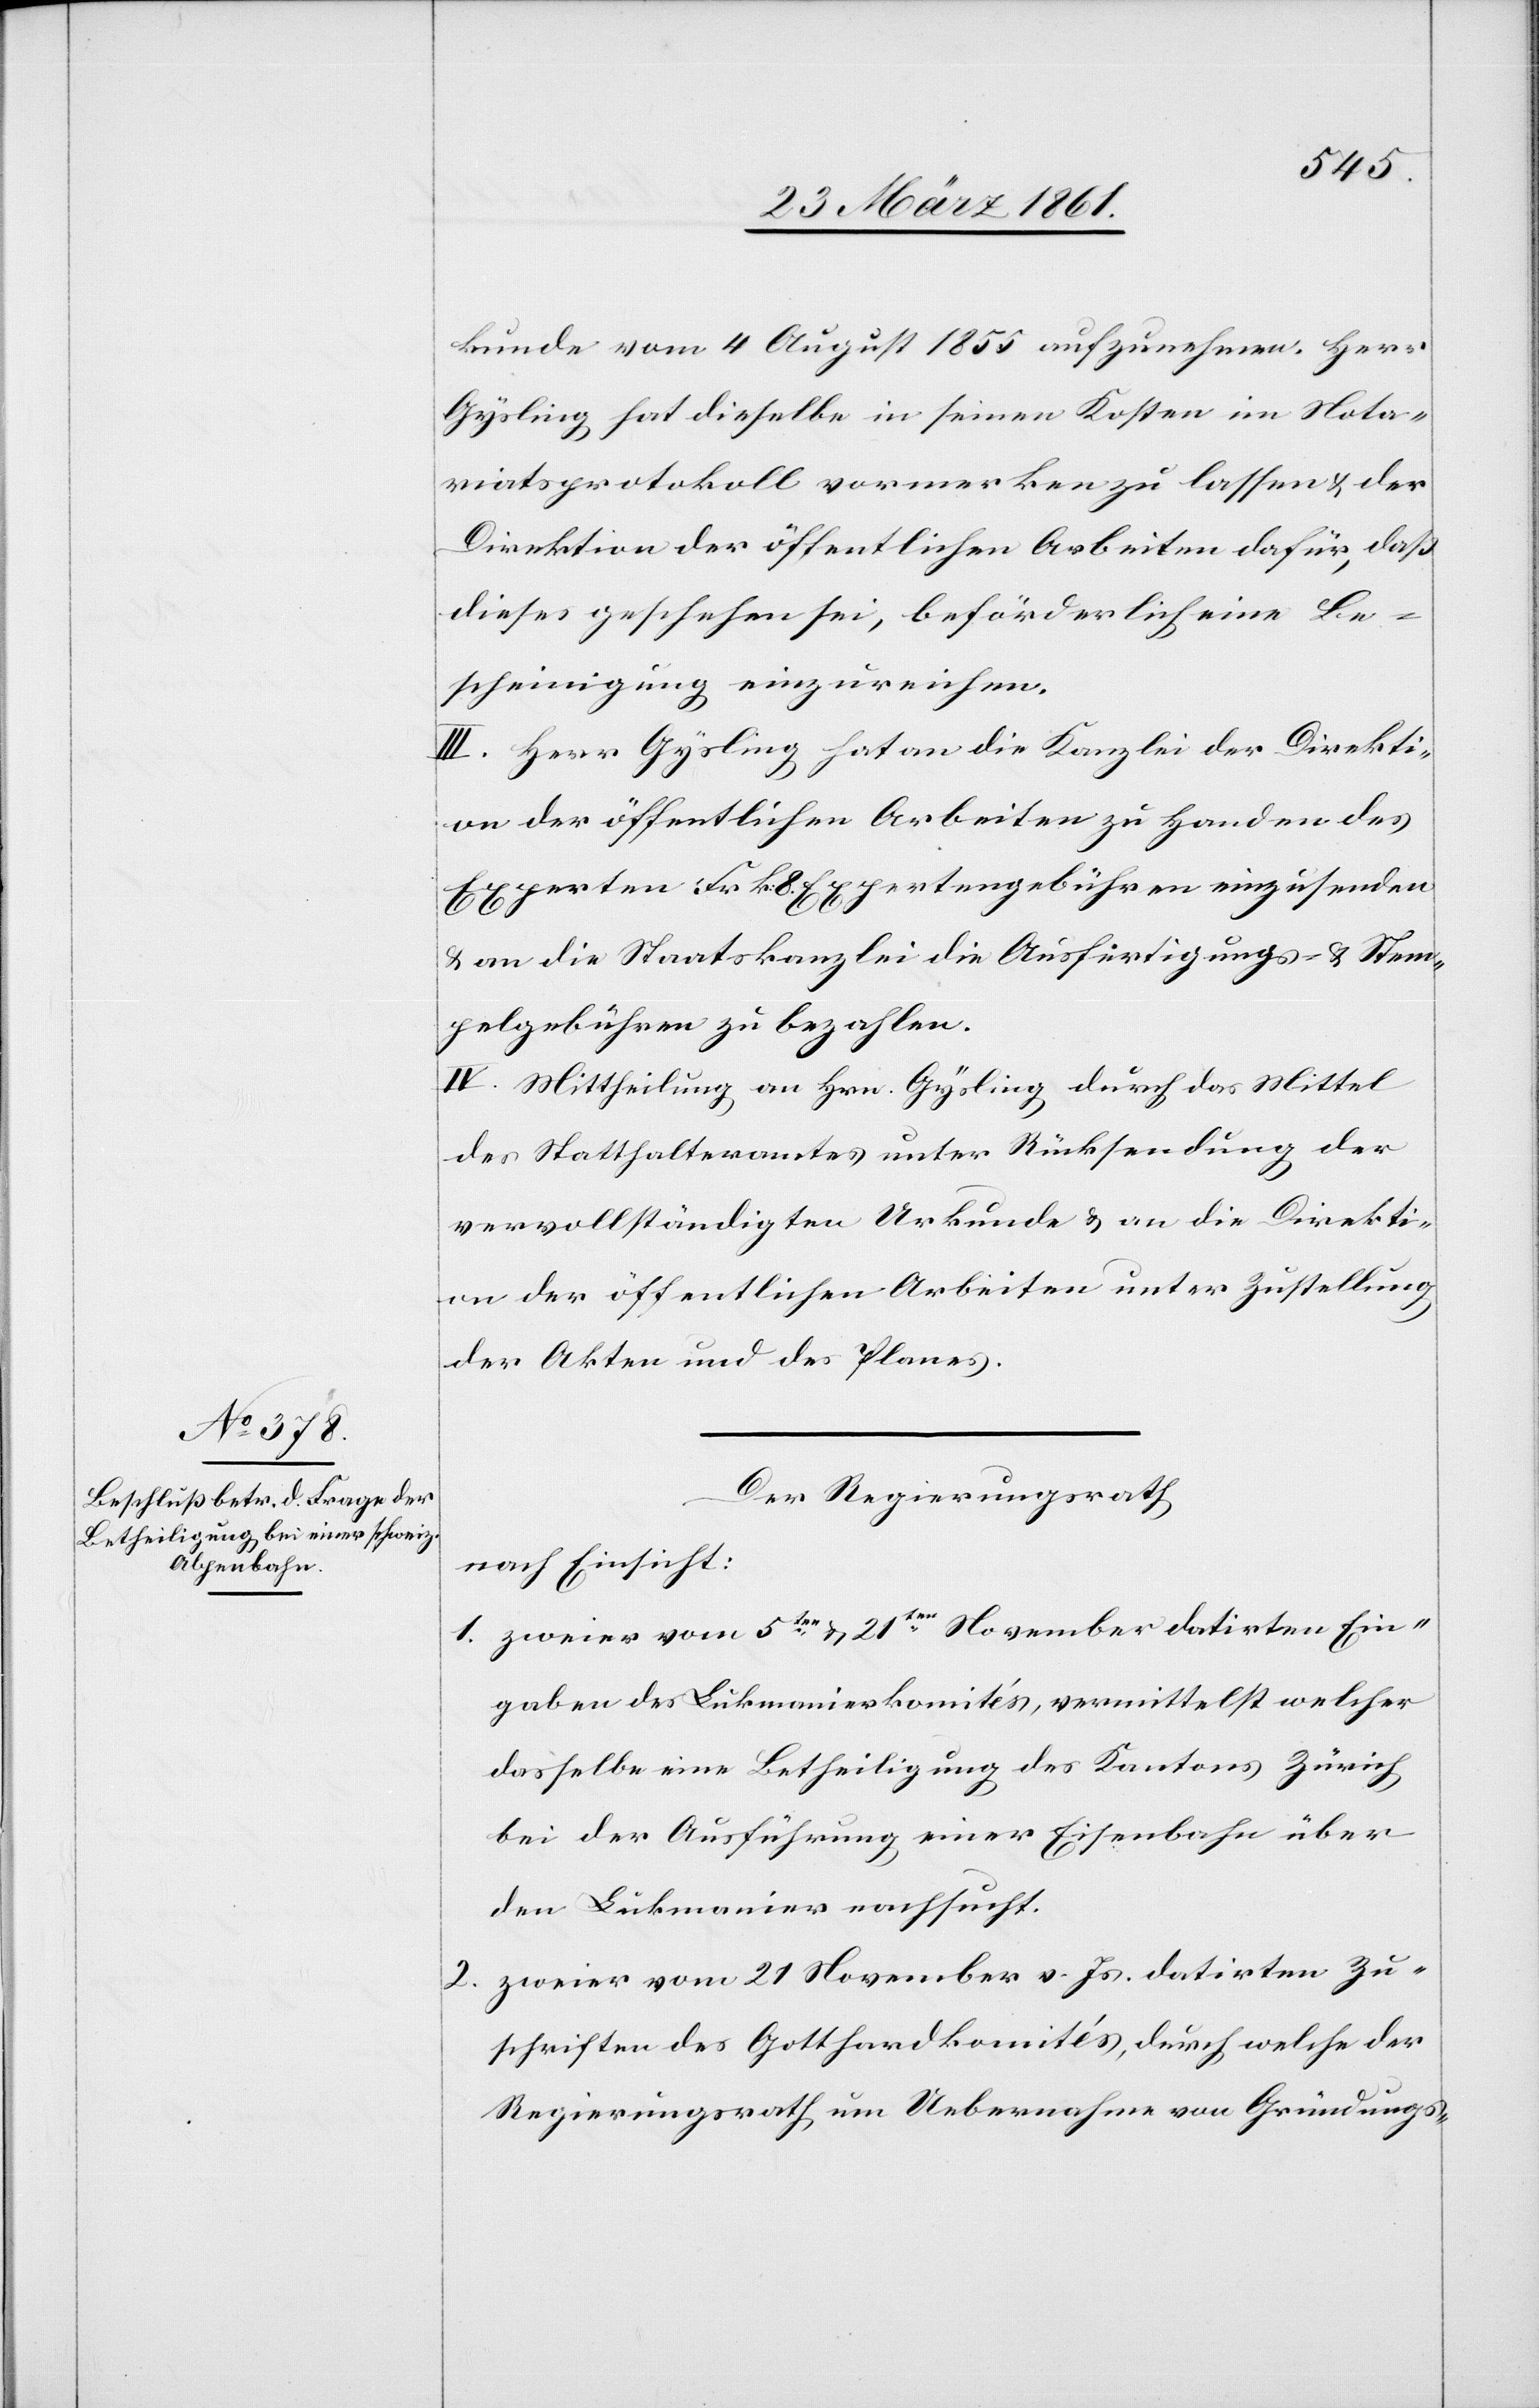
kunde vom 4. August 1855 aufzunehmen. Herr
Gysling hat dieselbe in seinen Kosten im Nota¬
riatsprotokoll vormerken zu lassen u. der
Direktion der öffentlichen Arbeiten dafür, dass
dieses geschehen sei, beförderlich eine Be¬
scheinigung einzureichen.
III. Herr Gysling hat an die Kanzlei der Direkti¬
on der öffentlichen Arbeiten zu Handen des
Experten Frk. 8 Expertengebühren einzusenden
u. an die Staatskanzlei die Ausfertigungs- u. Stem¬
pelgebühren zu bezahlen.
IV. Mittheilung an Hrn. Gysling durch das Mittel
des Statthalteramtes unter Rücksendung der
vervollständigten Urkunde u. an die Direkti¬
on der öffentlichen Arbeiten unter Zustellung
der Akten und des Planes.
Der Regierungsrath
nach Einsicht:
1. zweier vom 5ten u. 21ten November datirten Ein¬
gaben des Lukmanierkomités, vermittelst welcher
dasselbe eine Betheiligung des Kantons Zürich
bei der Ausführung einer Eisenbahn über
den Lukmanier nachsucht.
2. zweier vom 21. November v. Js. datirten Zu¬
schriften des Gotthardkomités, durch welche der
Regierungsrath um Uebernahme von Gründungs-